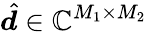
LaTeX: \hat{\boldsymbol{d}}\in\mathbb{C}^{M_{1}\times M_{2}}